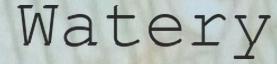
Watery